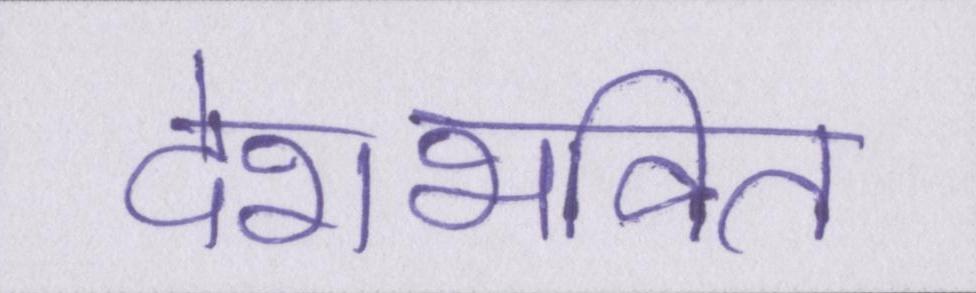
देशभक्ति